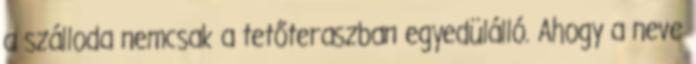
a szálloda nemcsak a tetőteraszban egyedülálló. Ahogy a neve